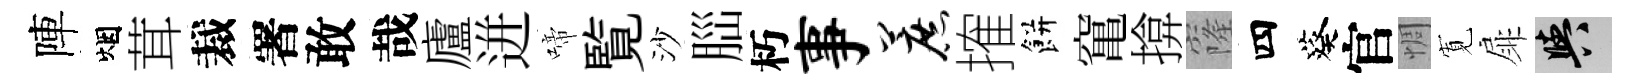
陣烟茸裁署敢哉廬迸啼覧沙𦛁朽事蔗搉餅𥧄揜窿四葵官惆𡩖扉阳